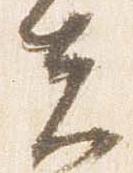
夫